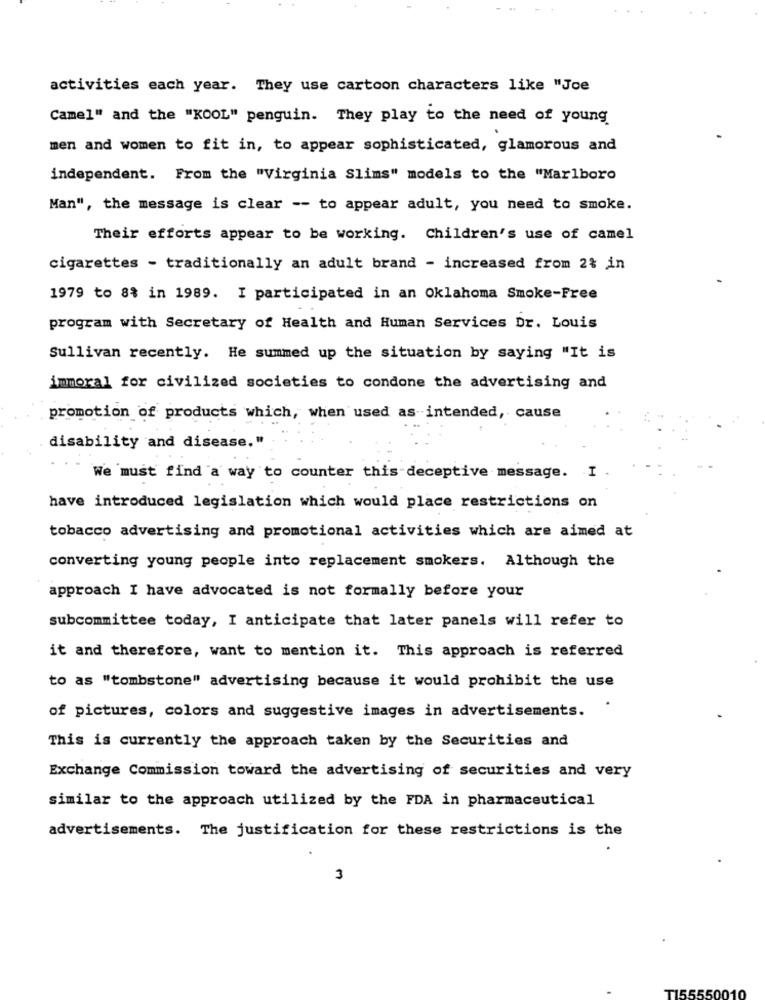
activities each year. They use cartoon characters like "Joe
Camel" and the "KOOL" penguin. They play to the need of young
men and women to fit in, to appear sophisticated, glamorous and
independent. From the "Virginia Slims" models to the "Marlboro
Man", the message is clear -- to appear adult, you need to smoke.
Their efforts appear to be working. Children's use of camel
cigarettes - traditionally an adult brand - increased from 2% in
1979 to 8% in 1989. I participated in an Oklahoma Smoke-Free
program with Secretary of Health and Human Services Dr. Louis
Sullivan recently. He summed up the situation by saying "It is
immoral for civilized societies to condone the advertising and
promotion of products which, when used as intended, cause
disability and disease."
We must find a way to counter this-deceptive message. I
have introduced legislation which would place restrictions on
tobacco advertising and promotional activities which are aimed at
converting young people into replacement smokers. Although the
approach I have advocated is not formally before your
subcommittee today, I anticipate that later panels will refer to
it and therefore, want to mention it. This approach is referred
to as "tombstone" advertising because it would prohibit the use
of pictures, colors and suggestive images in advertisements.
This is currently the approach taken by the Securities and
Exchange Commission toward the advertising of securities and very
similar to the approach utilized by the FDA in pharmaceutical
advertisements. The justification for these restrictions is the
3
TI